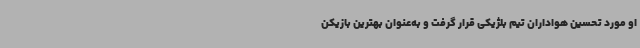
او مورد تحسین هواداران تیم بلژیکی قرار گرفت و به‌عنوان بهترین بازیکن